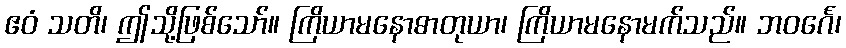
ဧဝံ သတိ၊ ဤသို့ဖြစ်သော်။ ကြိယာမနောဓာတုယာ၊ ကြိယာမနောမက်သည်။ ဘဝင်္ဂေ၊